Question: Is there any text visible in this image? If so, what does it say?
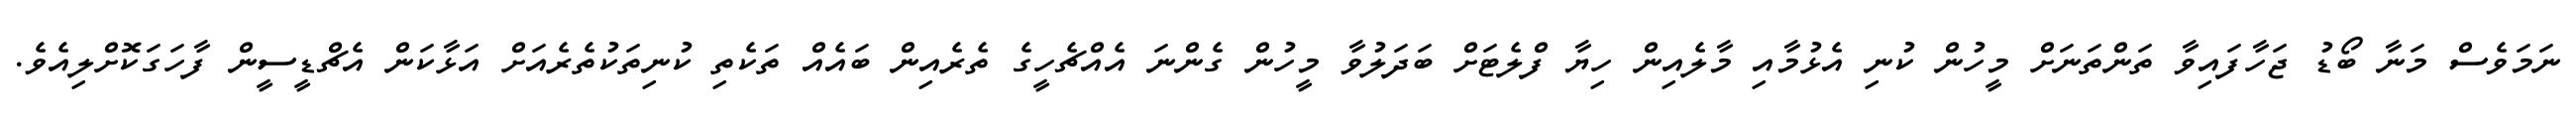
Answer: ނަމަވެސް މަނާ ބޯޑު ޖަހާފައިވާ ތަންތަނަށް މީހުން ކުނި އެޅުމާއި މާލެއިން ހިޔާ ފްލެޓަށް ބަދަލުވާ މީހުން ގެންނަ އެއްޗެހީގެ ތެރެއިން ބައެއް ތަކެތި ކުނިތަކުތެރެއަށް އަޅާކަން އެޗްޑީސީން ފާހަގަކޮށްލިއެވެ.